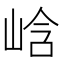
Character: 㟏